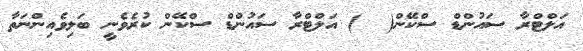
އަލްޓްރާ ސައުންޑް ސްކޭން(  ) އަލްޓްރާ ސައުންޑް ސްކޭން ކުރެވެނީ ބަލިވެއިންނަތާ